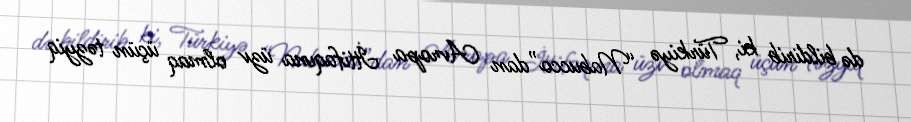
də bildirib ki, Türkiyə “Nabucco”dan Avropa İttifaqına üzv olmaq üçün təzyiq